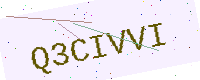
Text: Q3CIVVI